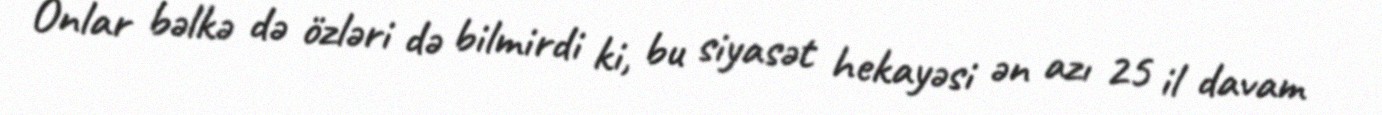
Onlar bəlkə də özləri də bilmirdi ki, bu siyasət hekayəsi ən azı 25 il davam